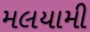
મલયામી